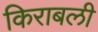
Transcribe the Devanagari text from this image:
किराबली